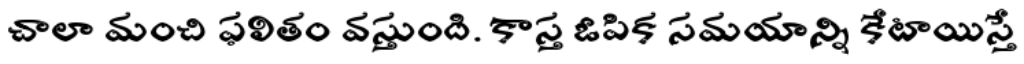
చాలా మంచి ఫలితం వస్తుంది. కాస్త ఓపిక సమయాన్ని కేటాయిస్తే